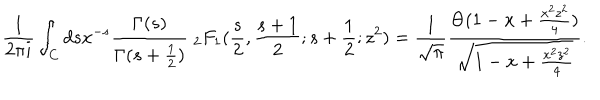
LaTeX: \frac { 1 } { 2 \pi i } \int _ { C } d s x ^ { - s } \frac { \Gamma ( s ) } { \Gamma ( s + \frac { 1 } { 2 } ) } \; { } _ { 2 } F _ { 1 } ( \frac { s } { 2 } , \frac { s + 1 } { 2 } ; s + \frac { 1 } { 2 } ; z ^ { 2 } ) = \frac { 1 } { \sqrt { \pi } } \frac { \Theta ( 1 - x + \frac { x ^ { 2 } z ^ { 2 } } { 4 } ) } { \sqrt { 1 - x + \frac { x ^ { 2 } z ^ { 2 } } { 4 } } } .